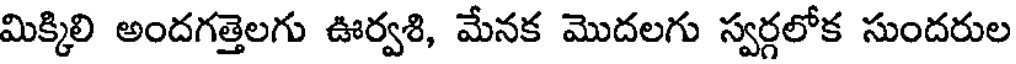
మిక్కిలి అందగత్తెలగు ఊర్వశి, మేనక మొదలగు స్వర్గలోక సుందరుల